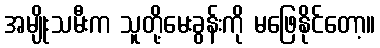
အမျိုးသမီးက သူတို့မေးခွန်းကို မဖြေနိုင်တော့။